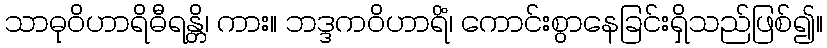
သာဓုဝိဟာရိဓီရန္တိ၊ ကား။ ဘဒ္ဒကဝိဟာရိံ၊ ကောင်းစွာနေခြင်းရှိသည်ဖြစ်၍။